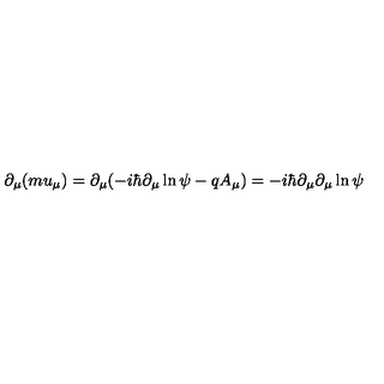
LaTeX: \partial _ { \mu } ( m u _ { \mu } ) = \partial _ { \mu } ( - i \hbar \partial _ { \mu } \ln \psi - q A _ { \mu } ) = - i \hbar \partial _ { \mu } \partial _ { \mu } \ln \psi